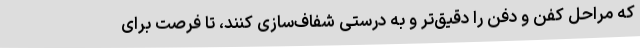
که مراحل کفن و دفن را دقیق‌تر و به درستی شفاف‌سازی کنند، تا فرصت برای